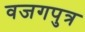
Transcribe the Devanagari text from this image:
वजगपुत्र